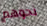
نحوهم